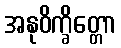
အနုဝိက္ခိတ္တော